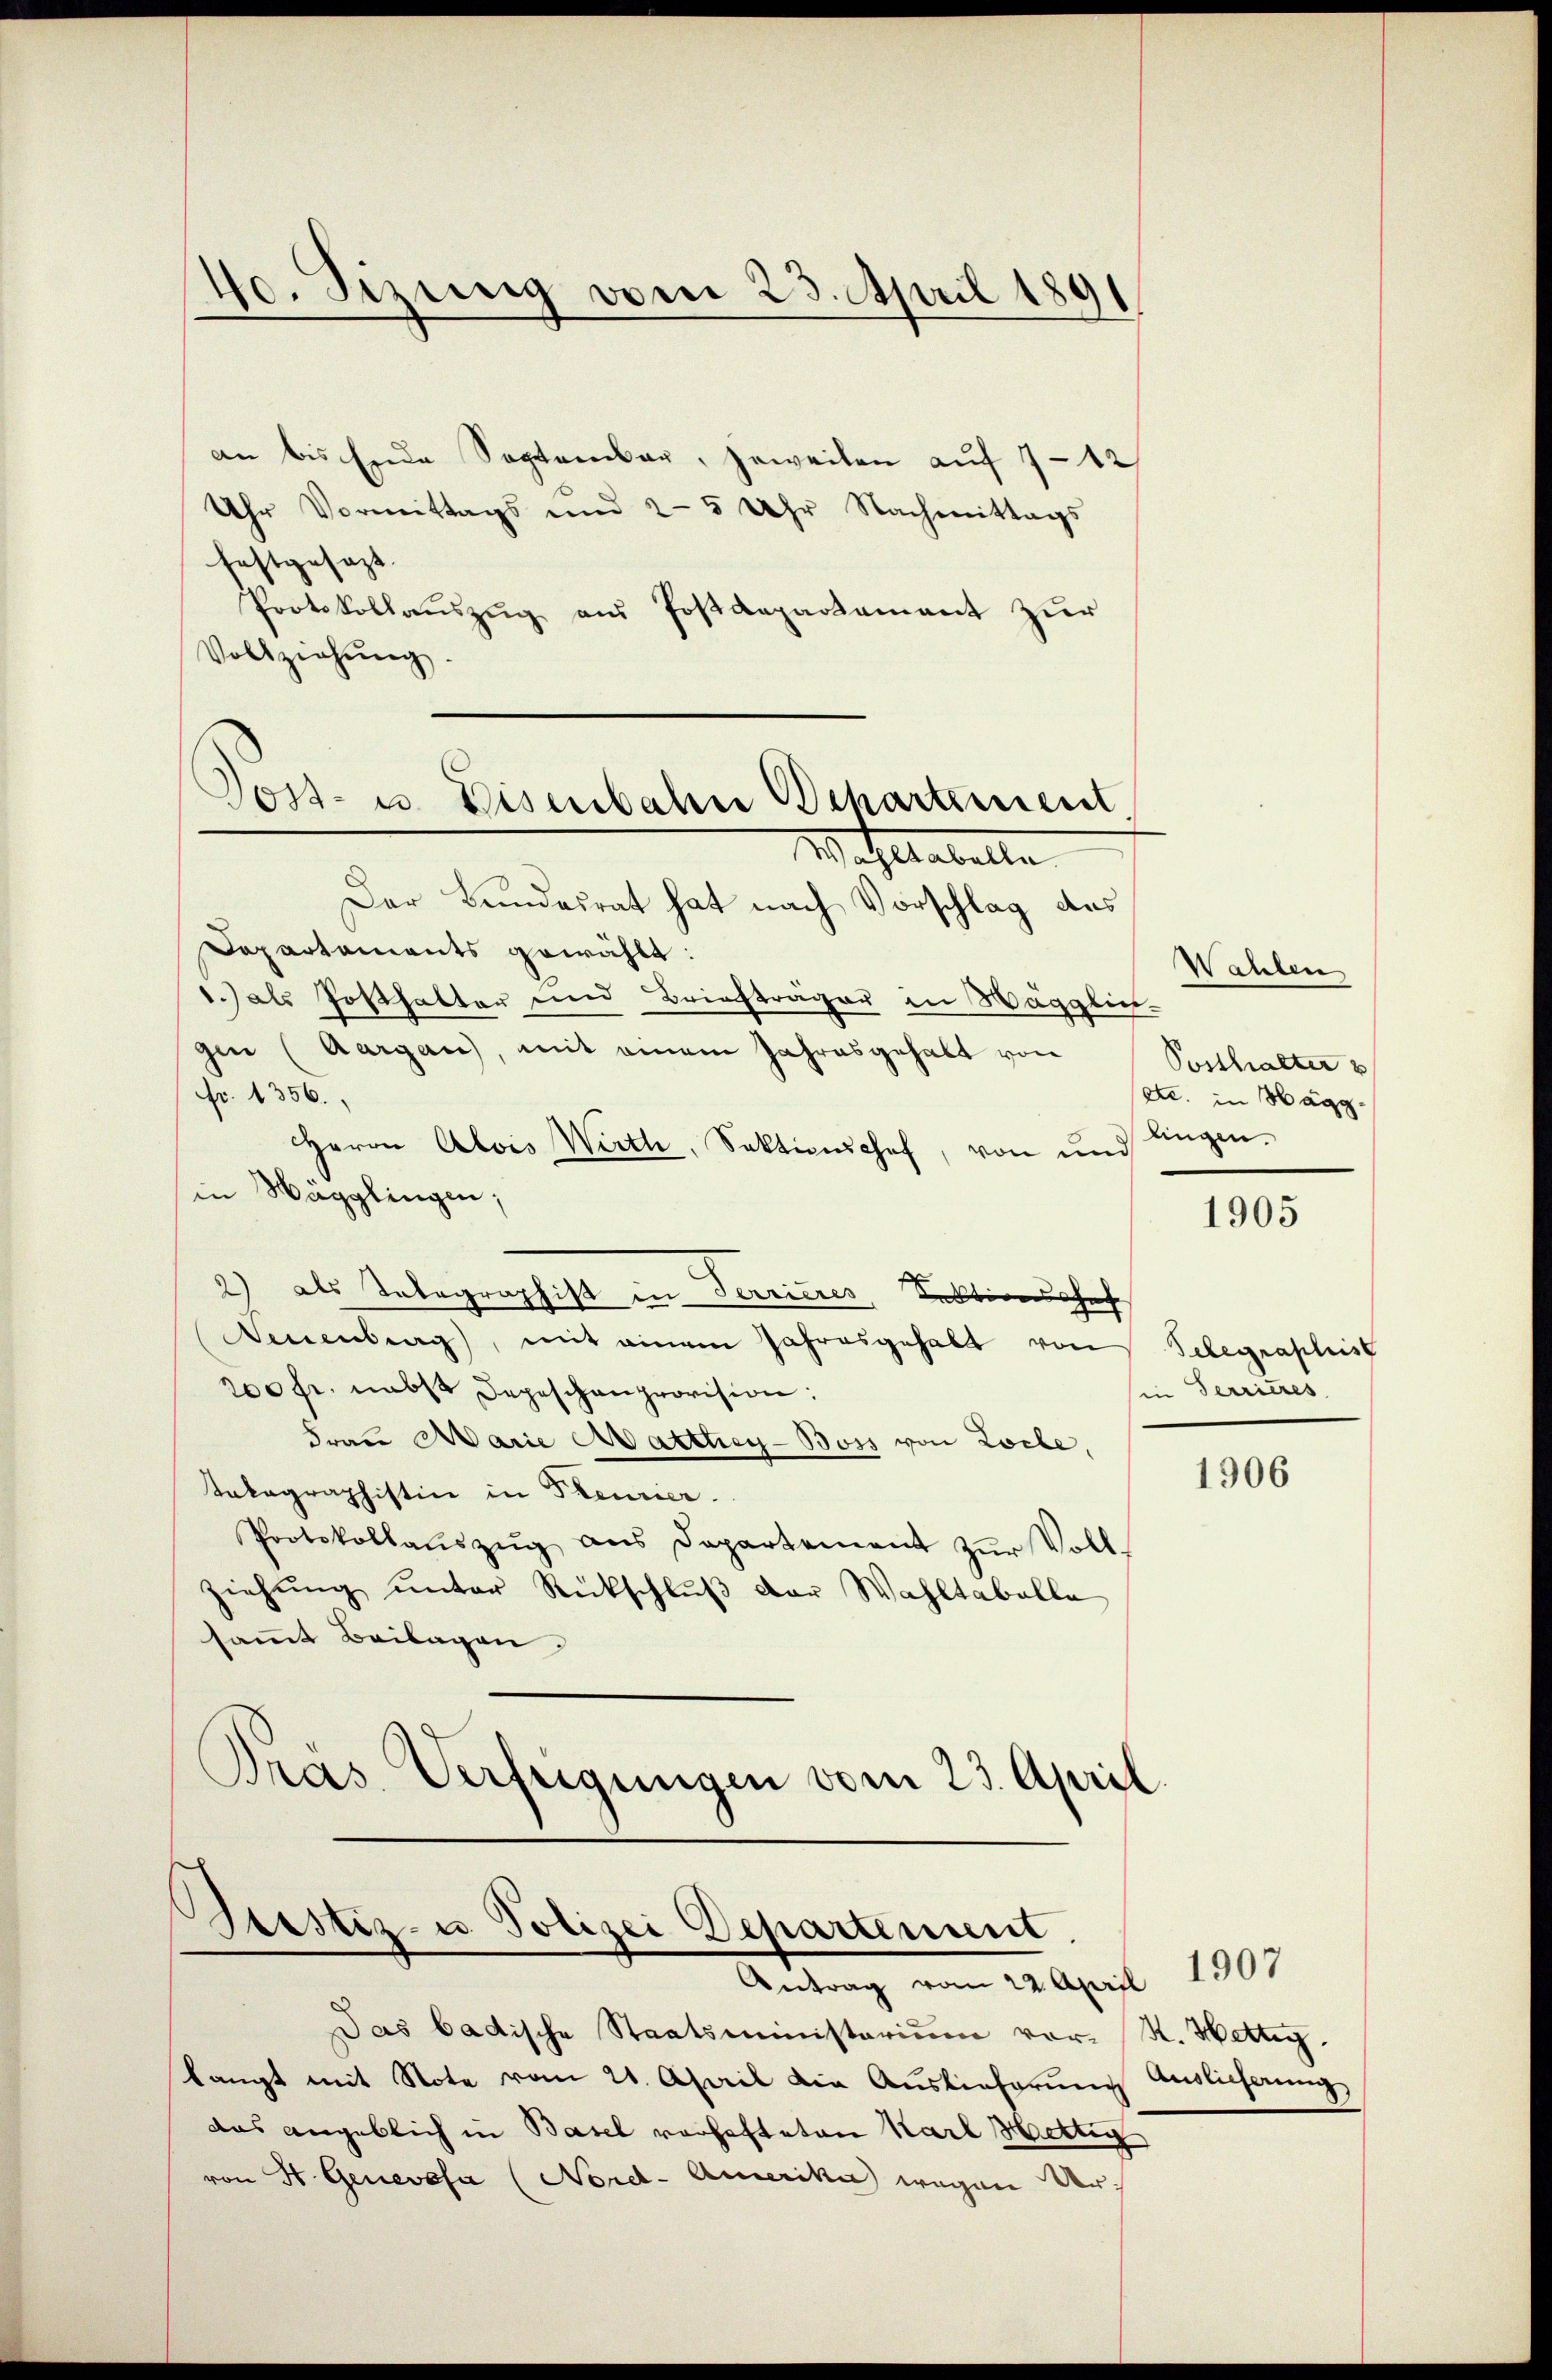
40. Sizung vom 23. April 1891

an bis Ende September, jeweilen auf 7-12
Uhr Vormittags und 25 Uhr Nachmittags
festgesezt.
Protokollaŭszŭg aŭs Postdepartement zŭr
Vollziehŭng.
Wohltabelle
Der Bundesrat hat nach Vorschlag aus
Dapartaments gewählt:
1.) als Posthalter und Briefträger in Mägglich-
gen (Aargau), mit einem Jahresgehalt von
fr. 1356.
Herrn Alois Wirth, Sektionschef, von und
in Wägglingen,
2) als Telegraphist in Terrieres Sektionshof
Neuenburg), mit einem Jahresgehalt von
200 fr. nebst Depeschenprovision:
Frau Marie Marthey-Boss von Zolle,
Takagraphistin in Steurier.
Protokollaŭszŭg ans Departement zŭr Voll-
ziehŭng ŭnter Rückschlŭβ der Wahltabelle
sammt Beilagen,
Dras Verfügungen vom 23. April.

Post- u. Eisenbahn Departement

Geistiz- u Polizei Departement
Antrag vom 22. April 1901

Wahlen
Posthalter u
etc. in Hägg
lingen.

Das badische Staatsministerium vor- R. Wettig.
langt mit Note vom 21. April die Aŭslieferŭng Auslicherŭng
das angeblich in Basel vorhefteten Karl Hettig
von H. Genevosa (Nord-Amerika wegen der¬

1905

Telegraphist
in Terrieres

1906